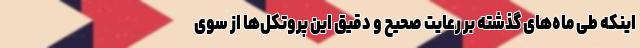
اینکه طی ماه‌های گذشته بر رعایت صحیح و دقیق این پروتکل‌ها از سوی